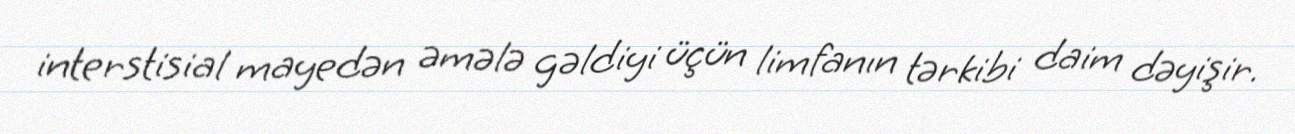
interstisial mayedən əmələ gəldiyi üçün limfanın tərkibi daim dəyişir.